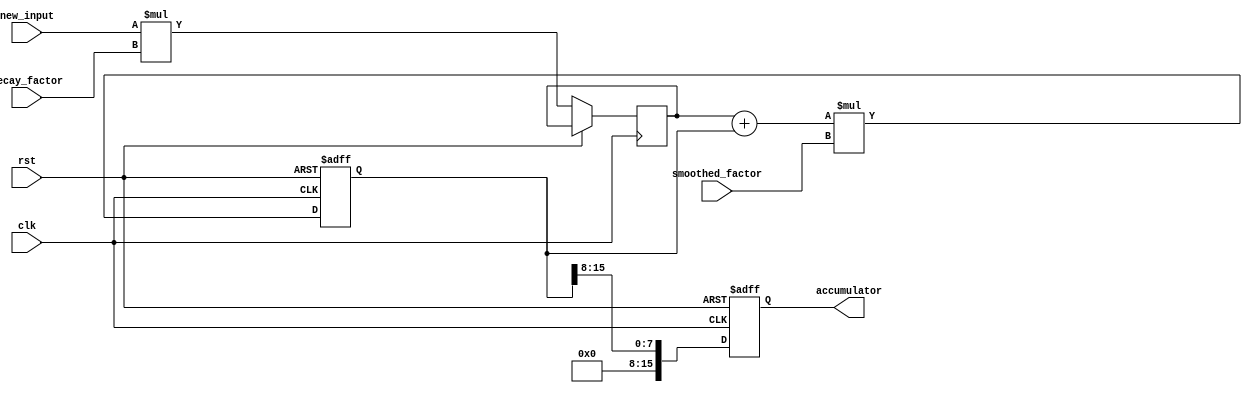
module ema_accumulator(
    input wire clk,
    input wire rst,
    input wire [7:0] new_input,
    input wire [7:0] decay_factor,
    input wire [7:0] smoothed_factor,
    output reg [15:0] accumulator
);

reg [15:0] weighted_input;
reg [15:0] accumulated_value;

always @(posedge clk or posedge rst) begin
    if (rst) begin
        accumulator <= 16'h0000;
        accumulated_value <= 16'h0000;
    end else begin
        weighted_input <= new_input * decay_factor;
        accumulated_value <= (weighted_input + accumulated_value) * smoothed_factor;
        accumulator <= accumulated_value >> 8; // division by 256
    end
end

endmodule